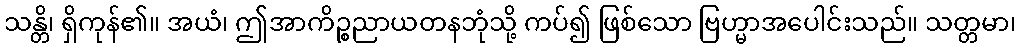
သန္တိ၊ ရှိကုန်၏။ အယံ၊ ဤအာကိဉ္စညာယတနဘုံသို့ ကပ်၍ ဖြစ်သော ဗြဟ္မာအပေါင်းသည်။ သတ္တမာ၊